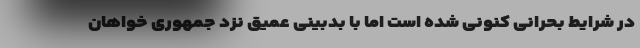
در شرایط بحرانی کنونی شده است اما با بدبینی عمیق نزد جمهوری خواهان